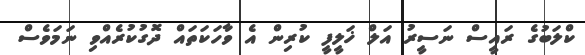
ކްލަބުގެ ރައީސް ނަސީރު އަލް ޚަލީފީ ކުރިން އެ ވާހަކަތައް ދޮގުކުރެއްވި ނަމަވެސް